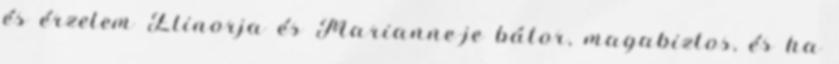
és érzelem Elinorja és Marianne-je bátor, magabiztos, és ha